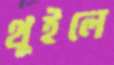
থুইলে